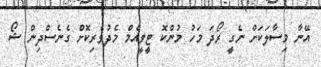
އޭނާ މިސާލަކަށް ނެގީ ރޯދަ މަހު މުންކޮ ޓީވީއެމް މެދުވެރިކޮށް ގެނެސްދިން ޝޯ